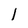
Character: l